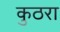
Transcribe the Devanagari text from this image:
कुठरा